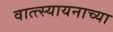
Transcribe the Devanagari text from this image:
वात्त्स्यायनाच्या